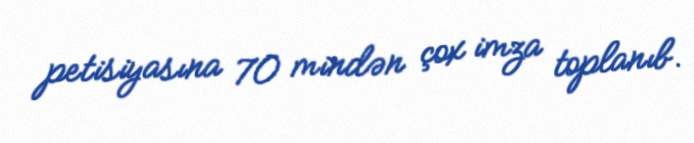
petisiyasına 70 mindən çox imza toplanıb.